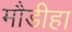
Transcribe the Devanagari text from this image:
मौडीहा